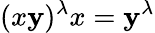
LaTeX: (x\mathbf{y})^{\lambda}x=\mathbf{y}^{\lambda}